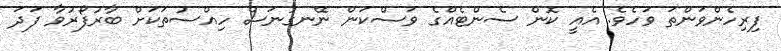
ފިރިހެންވަންތަ ވަހެވެ. އެއީ ކޮން ސެންޓެއްގެ ވަސްކަން ނޭނގުނަސް ހިއްސުތަކަށް ބާރުފޯރުވާ ފަދަ